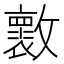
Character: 𣀩